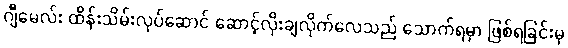
ဂျီမေလ်း ထိန်းသိမ်းလုပ်ဆောင် ဆောင့်လိုးချလိုက်လေသည် သောက်ရမှာ ဖြစ်ရခြင်းမှ